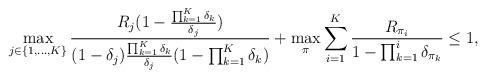
LaTeX: \begin{align*}\max_{j\in\{1,\dots,K\}}\frac{R_j(1-\frac{\prod_{k=1}^K\delta_k}{\delta_j})}{(1-\delta_j)\frac{\prod_{k=1}^K\delta_k}{\delta_j}(1-\prod_{k=1}^K\delta_k)}+\max_{\pi} \sum_{i=1}^K\frac{R_{\pi_i}}{1-\prod_{k=1}^i\delta_{\pi_k}}\leq 1 ,\end{align*}